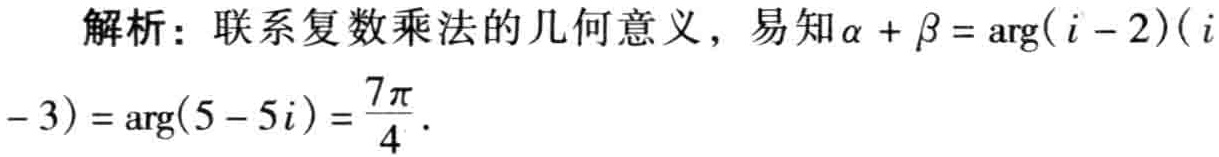
解析：联系复数乘法的几何意义，易知\(\alpha + \beta = \arg(i - 2)(i - 3)=\arg(5 - 5i)=\frac{7\pi}{4}\).